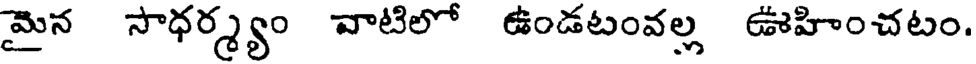
మైన సాధర్మ్యం వాటిలో ఉండటంవల్ల ఊహించటం.